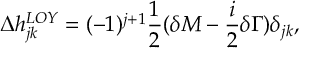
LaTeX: \Delta h _ { j k } ^ { L O Y } = ( - 1 ) ^ { j + 1 } \frac { 1 } { 2 } ( \delta M - \frac { i } { 2 } \delta \Gamma ) { \delta } _ { j k } ,